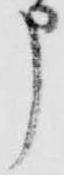
申